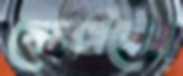
পেনসিলের